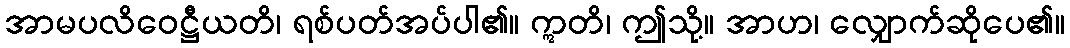
အာမပလိဝေဋ္ဌီယတိ၊ ရစ်ပတ်အပ်ပါ၏။ ဣတိ၊ ဤသို့။ အာဟ၊ လျှောက်ဆိုပေ၏။